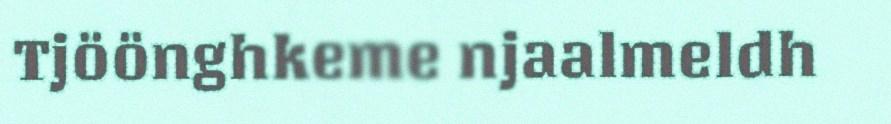
Tjöönghkeme njaalmeldh